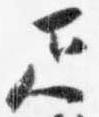
疋